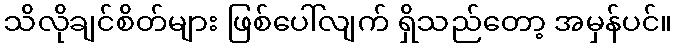
သိလိုချင်စိတ်များ ဖြစ်ပေါ်လျက် ရှိသည်တော့ အမှန်ပင်။